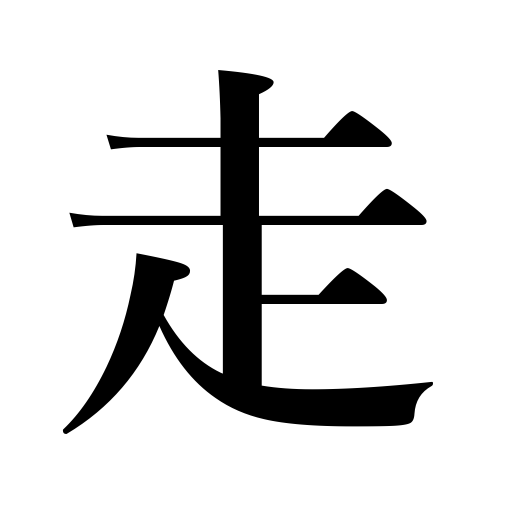
Meanings: flee,go to excess,run,become,rush,turn to